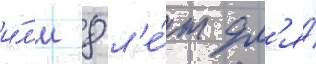
и́л'и 8 л'е́т дл'я́